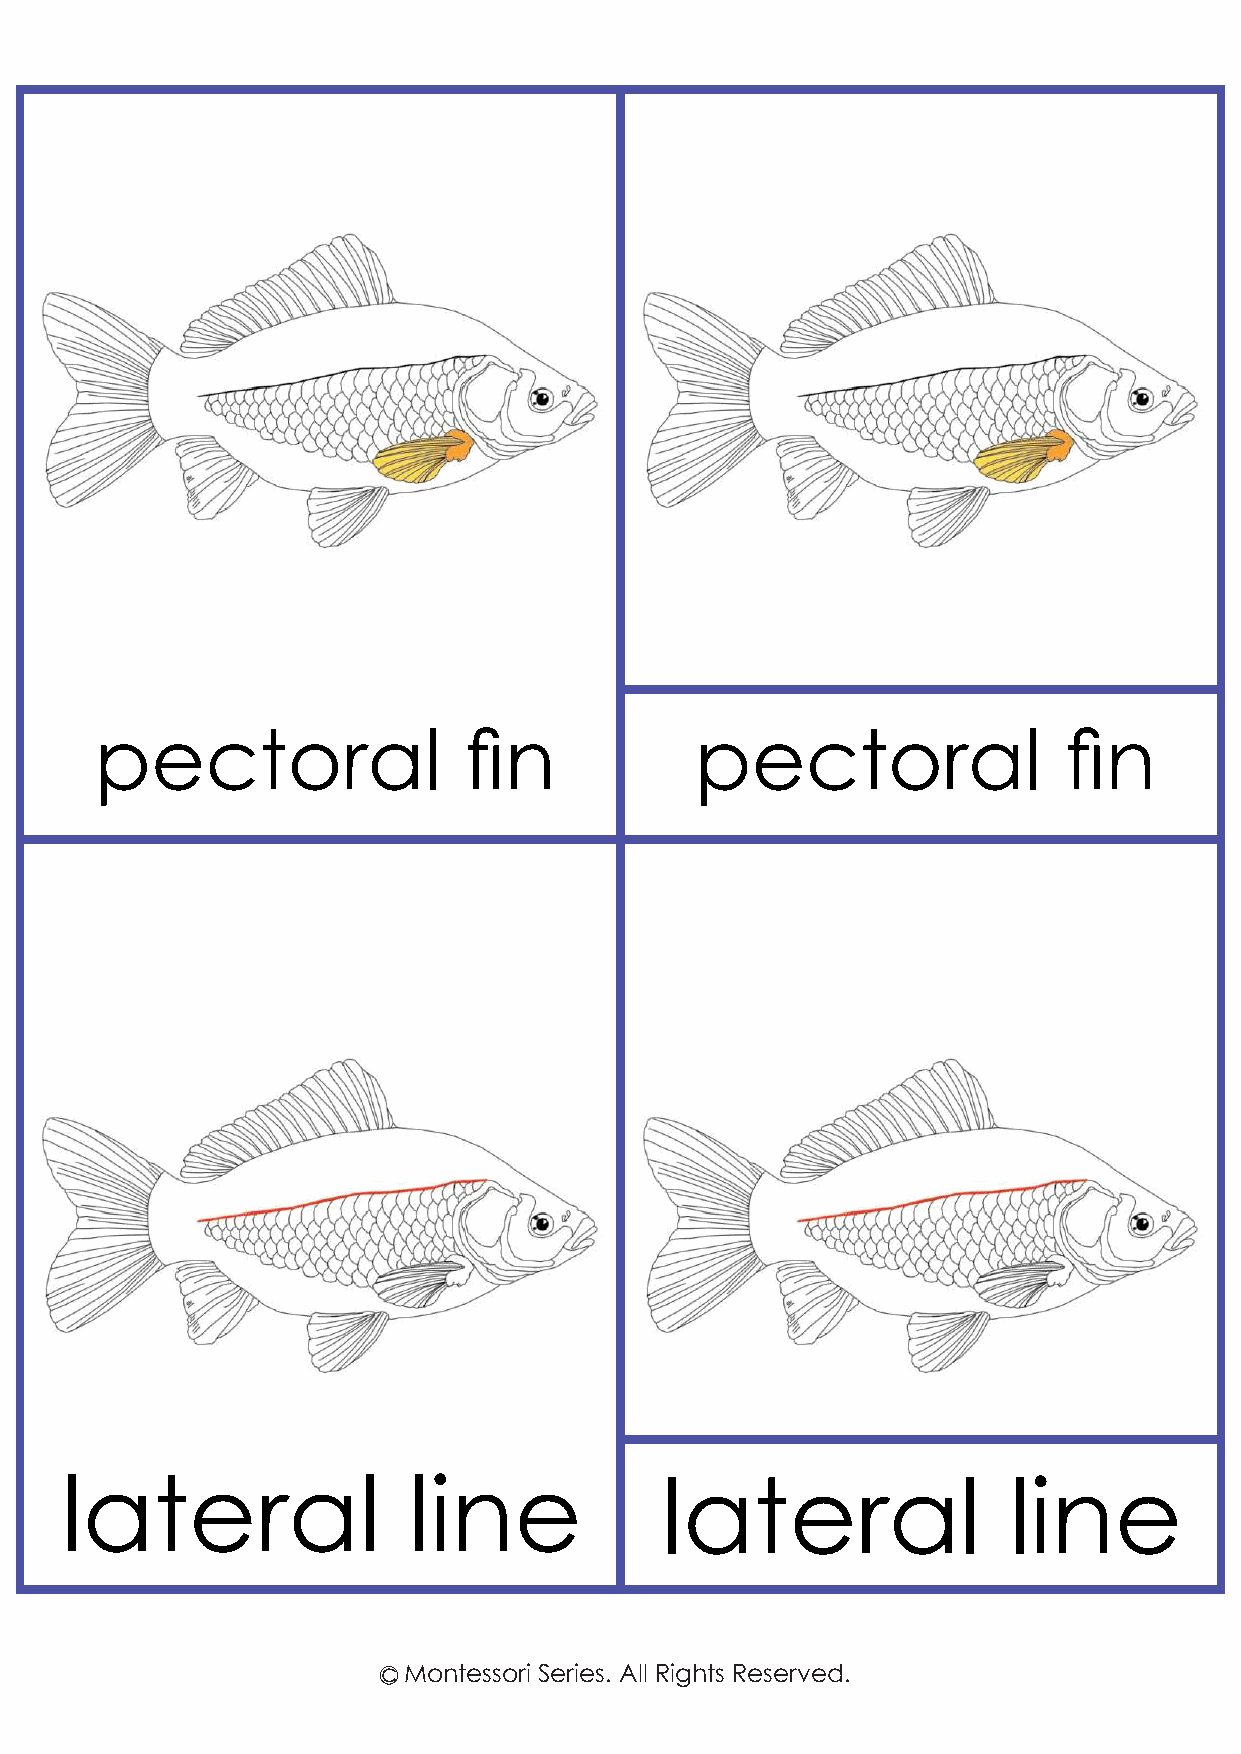
pectoral                 n             pectoral                n
 lateral                line             lateral                line
 c Montessori Series. All Rights Reserved.